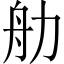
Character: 𬜑